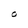
Character: O